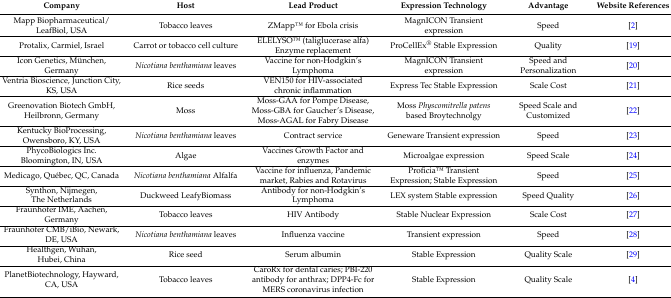
| Company | Host | Lead Product | Expression Technology | Advantage | Website References |
 | --- | --- | --- | --- | --- | --- |
 | Mapp Biopharmaceutical/LeafBiol, USA | Tobacco leaves | ZMappTM for Ebola crisis | MagnICON Transient expression | Speed | [2] |
 | Protalix, Carmiel, Israel | Carrot or tobacco cell culture | ELELYSOTM (taliglucerase alfa) Enzyme replacement | ProCellEx® Stable Expression | Quality | [19] |
 | Icon Genetics, München, Germany | Nicotiana benthamiana leaves | Vaccine for non-Hodgkin’s Lymphoma | MagnICON Transient expression | Speed and Personalization | [20] |
 | Ventria Bioscience, Junction City, KS, USA | Rice seeds | VEN150 for HIV-associated chronic inflammation | Express Tec Stable Expression | Scale Cost | [21] |
 | Greenovation Biotech GmbH, Heilbronn, Germany | Moss | Moss-GAA for Pompe Disease, Moss-GBA for Gaucher’s Disease, Moss-AGAL for Fabry Disease | Moss Physcomitrella patens based Broytechnolgy | Speed Scale and Customized | [22] |
 | Kentucky BioProcessing, Owensboro, KY, USA | Nicotiana benthamiana leaves | Contract service | Geneware Transient expression | Speed | [23] |
 | PhycoBiologics Inc. Bloomington, IN, USA | Algae | Vaccines Growth Factor and enzymes | Microalgae expression | Speed Scale | [24] |
 | Medicago, Québec, QC, Canada | Nicotiana benthamiana Alfalfa | Vaccine for influenza, Pandemic market, Rabies and Rotavirus | ProficiaTM Transient Expression; Stable Expression | Speed | [25] |
 | Synthon, Nijmegen, The Netherlands | Duckweed LeafyBiomass | Antibody for non-Hodgkin’s Lymphoma | LEX system Stable expression | Speed Quality | [26] |
 | Fraunhofer IME, Aachen, Germany | Tobacco leaves | HIV Antibody | Stable Nuclear Expression | Scale Cost | [27] |
 | Fraunhofer CMB/iBio, Newark, DE, USA | Nicotiana benthamiana leaves | Influenza vaccine | Transient expression | Speed | [28] |
 | Healthgen, Wuhan, Hubei, China | Rice seed | Serum albumin | Stable Expression | Quality Scale | [29] |
 | PlanetBiotechnology, Hayward, CA, USA | Tobacco leaves | CaroRx for dental caries; PBI-220 antibody for anthrax; DPP4-Fc for MERS coronavirus infection | Stable Expression | Quality Scale | [4] |